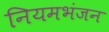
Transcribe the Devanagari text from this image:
नियमभंजन